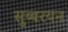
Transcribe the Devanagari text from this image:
सुब्बरयन